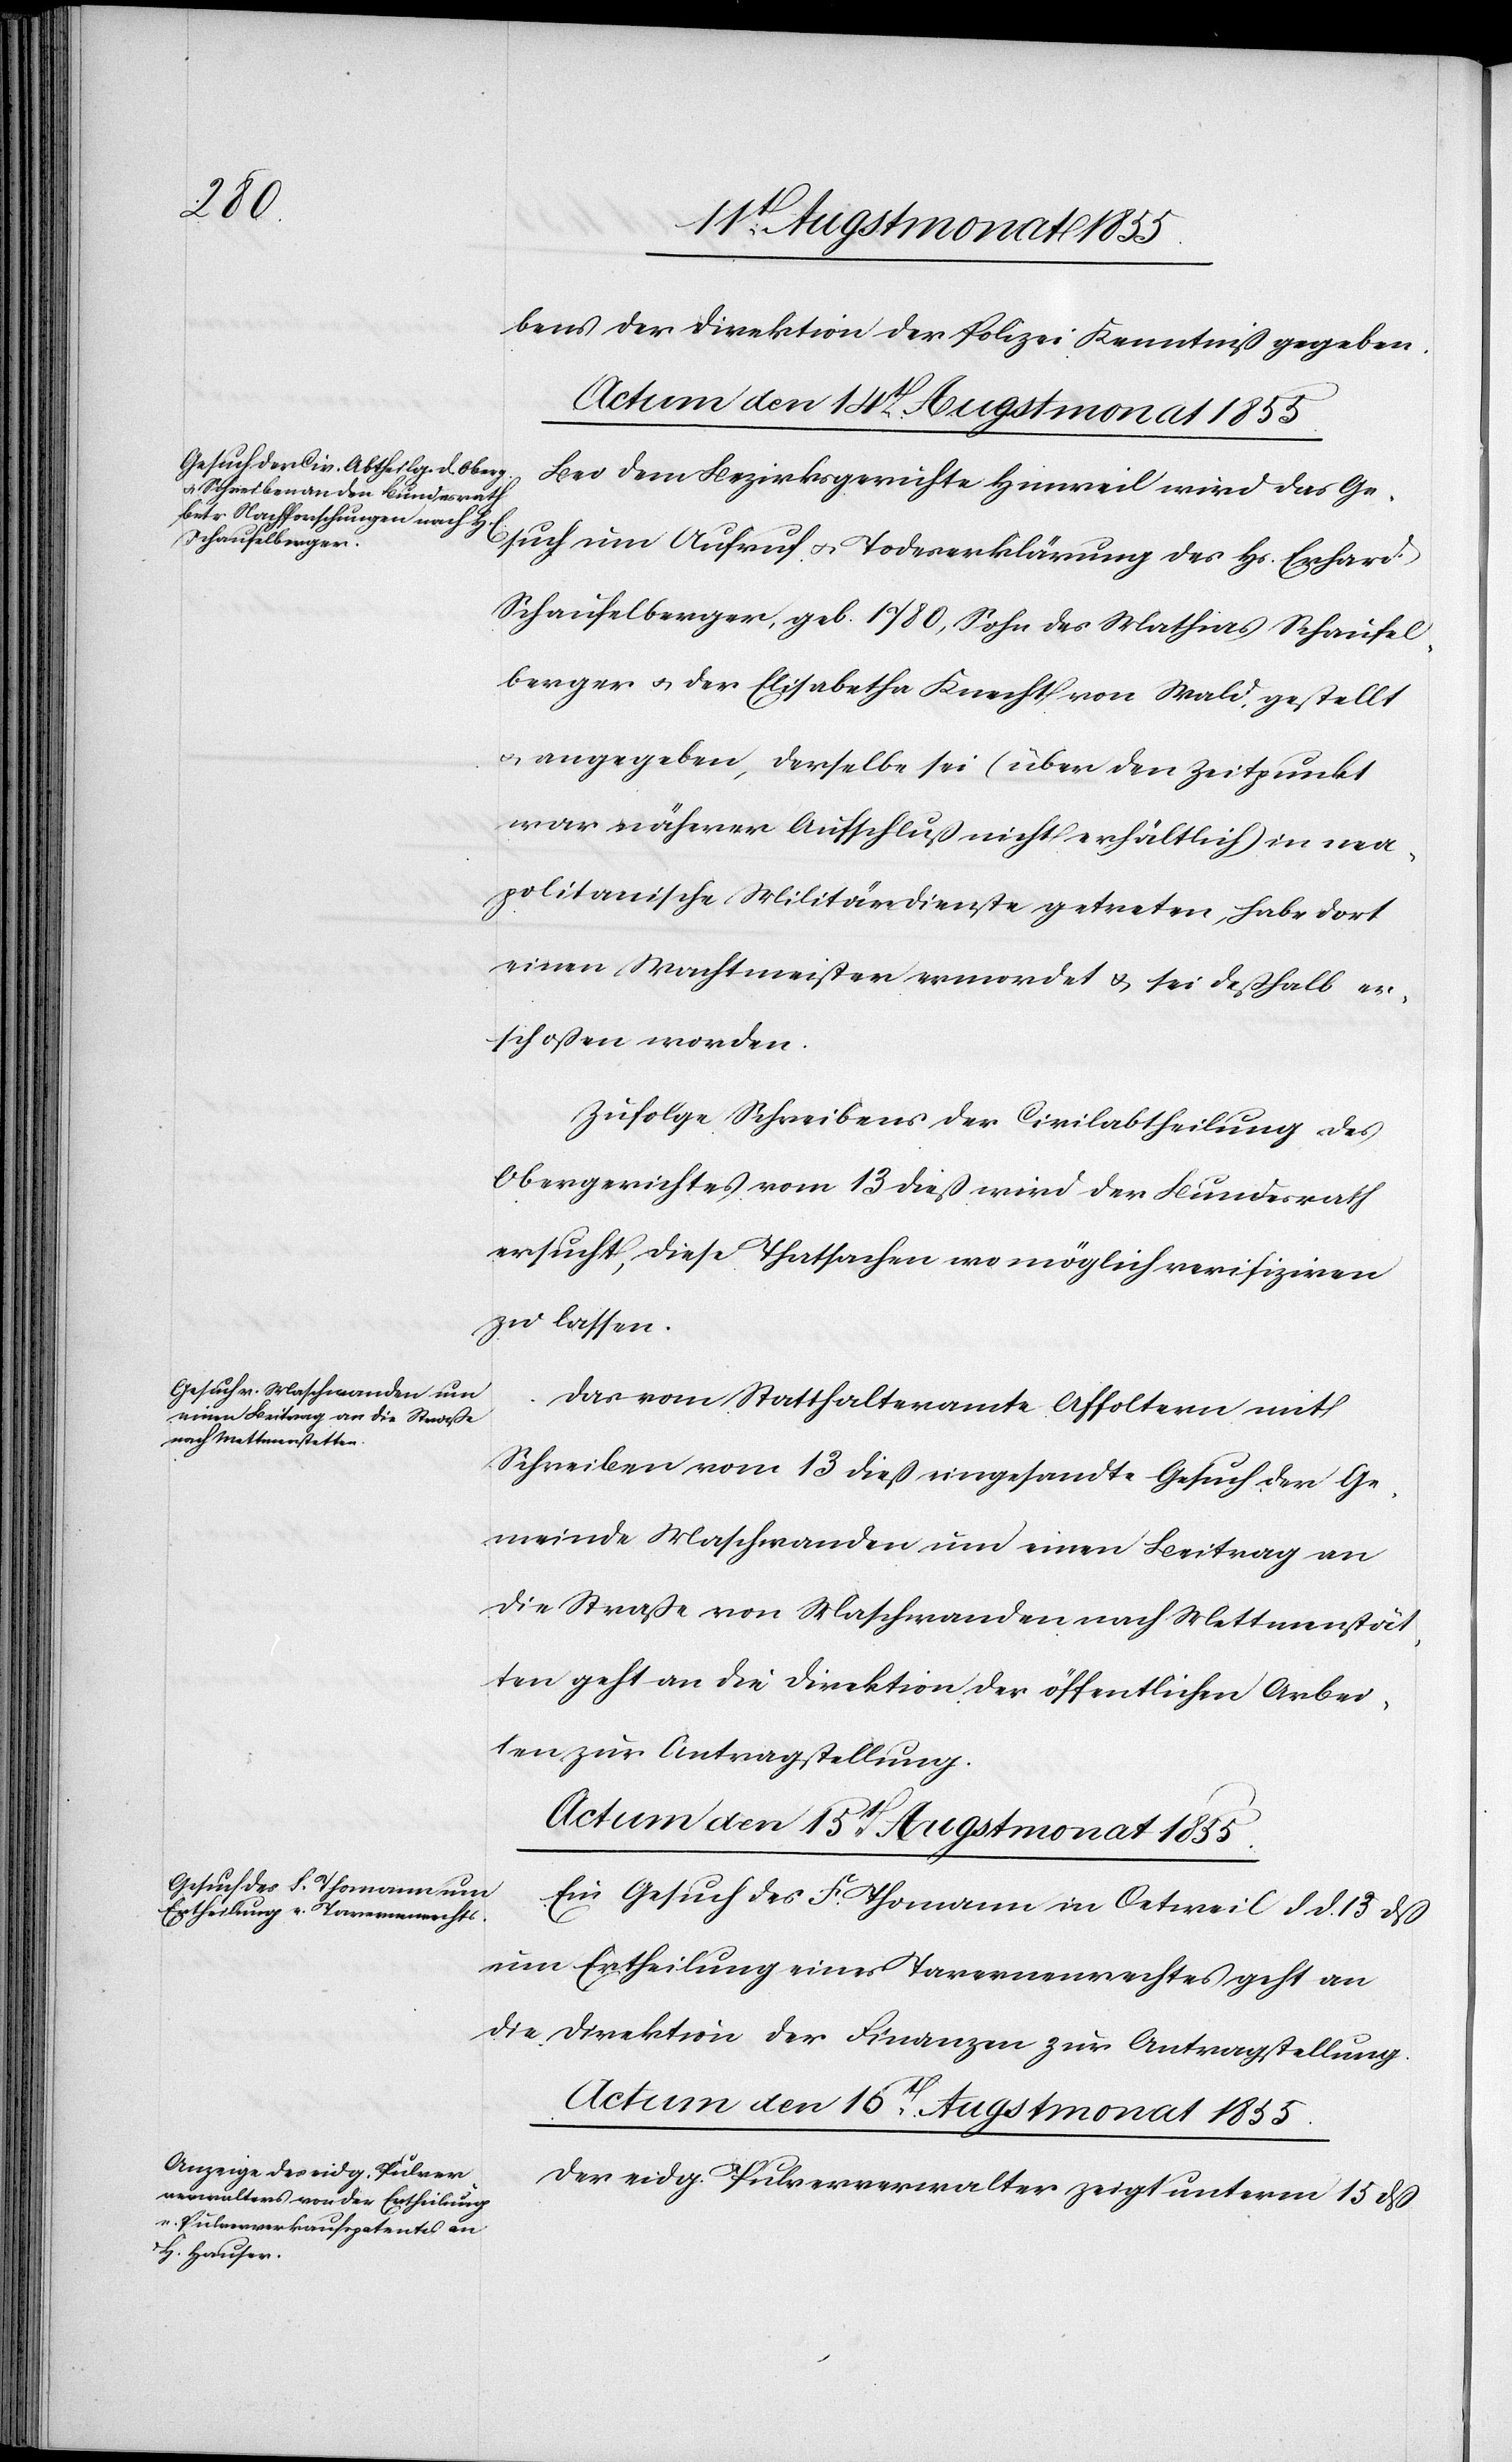
bens der Direktion der Polizei Kenntniß gegeben.
Actum den 16t Augstmonat 1855.
Bei dem Bezirksgerichte Hinweil wird das Ge¬
such um Aufruf & Todeserklärung des Hs. Erhard
Schaufelberger, geb. 1780, Sohn des Mathias Schaufel¬
berger & der Elisabetha Knecht von Wald, gestellt
& angegeben, derselbe sei (über den Zeitpunkt
war näherer Aufschluß nicht erhältlich) in nea¬
politanische Militärdienste getreten, habe dort
einen Wachtmeister ermordet & sei deßhalb er¬
schoßen worden.
Zufolge Schreibens der Civilabtheilung des
Obergerichtes vom 13 dieß wird der Bundesrath
ersucht, diese Thatsachen wo möglich verifiziren
zu lassen.
Das vom Statthalteramte Affoltern mit
Schreiben vom 13 dieß eingesandte Gesuch der Ge¬
meinde Maschwanden um einen Beitrag an
die Straße von Maschwanden nach Mettmenstät¬
ten geht an die Direktion der öffentlichen Arbei¬
ten zur Antragstellung.
Ein Gesuch des F. Thomann in Oetweil d. d. 13 dß
um Ertheilung eines Tavernenrechtes geht an
die Direktion der Finanzen zur Antragstellung.
Der eidg. Pulververwalter zeigt unterm 15 dß